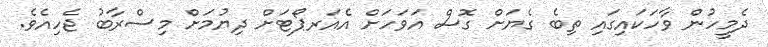
ދެމީހުން ވާހަކައިގައި ތިބެ ގެޔަށް ގޮސް އަވަހަށް އެއަރޕޯޓަށް ދިޔުމަށް މިސްރާބު ޖެހިއެވެ.